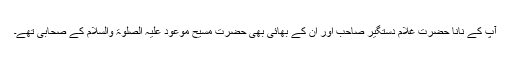
آپ کے نانا حضرت غلام دستگیر صاحب اور اُن کے بھائی بھی حضرت مسیح موعود علیہ الصلوۃ والسلام کے صحابی تھے۔